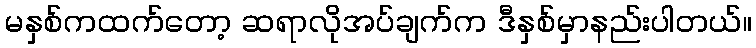
မနှစ်ကထက်တော့ ဆရာလိုအပ်ချက်က ဒီနှစ်မှာနည်းပါတယ်။